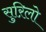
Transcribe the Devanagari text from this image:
सुऱिलो